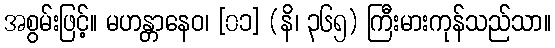
အစွမ်းဖြင့်။ မဟန္တာနေဝ၊ [၀၁] (နိ၊ ၃၆၅) ကြီးမားကုန်သည်သာ။